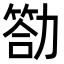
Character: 𠢡